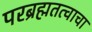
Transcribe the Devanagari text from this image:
परब्रह्मतत्वाचा